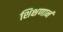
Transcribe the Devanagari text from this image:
शिक्षणानं